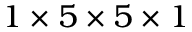
1 \times 5 \times 5 \times 1